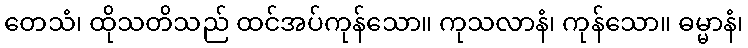
တေသံ၊ ထိုသတိသည် ထင်အပ်ကုန်သော။ ကုသလာနံ၊ ကုန်သော။ ဓမ္မာနံ၊